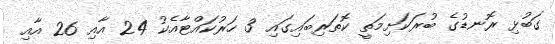
ގަބުޅި ރޮނޑުގެ ބުރަކަށިމަތީ ކޮތަރިބައިގައި 3 ހަރުކައްޓާއެކު 24 އާއި 26 އާއި